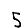
Digit: 5